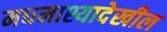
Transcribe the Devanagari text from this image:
मधमाश्यादेखील